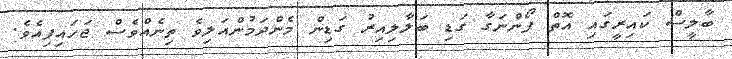
ބާލީސް ކައިރީގައި އޮތް ފޯންނަގާ ގަޑި ބަލާލިއިރު ގަޑިން މެންދަމުންއަލިވެ ތިނެއްވެސް ޖަހައިފިއެވެ.